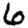
Digit: 6